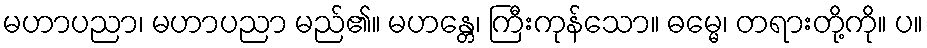
မဟာပညာ၊ မဟာပညာ မည်၏။ မဟန္တေ၊ ကြီးကုန်သော။ ဓမ္မေ၊ တရားတို့ကို။ ပ။